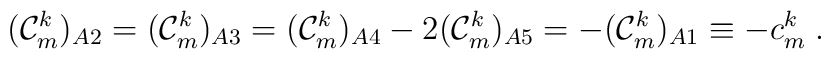
({\cal C}^k_m)_{A2} = ({\cal C}^k_m)_{A3} = ({\cal C}^k_m)_{A4} -2 ({\cal C}^k_m)_{A5} = -({\cal C}^k_m)_{A1} \equiv -c^k_m\;.